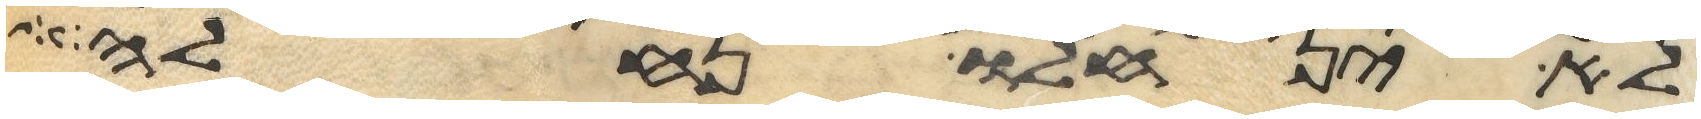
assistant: לא ינחלו נחלה